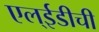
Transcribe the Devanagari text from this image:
एल्‌ईडीची